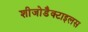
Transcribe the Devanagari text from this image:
शीजोडैक्टाइलस